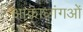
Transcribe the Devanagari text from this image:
आकाध्गंगओं